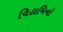
વિટામિનો